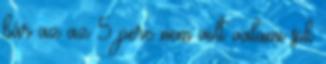
bár az az 5 perc nem volt valami sok